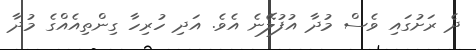
ދެ ރަށުގައި ވެސް މުދާ އުފުލޭނެ އެވެ. އަދި ހުރިހާ ގިންތިއެއްގެ މުދާ